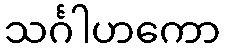
သင်္ဂါဟကော